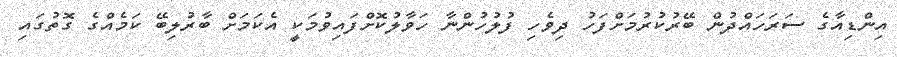
އިންޑިއާގެ ސަރަހައްދުން ބޭރުކުރުމަށްފަހު ދިވެހި ފުލުހުންނާ ހަވާލުކޮށްފައިވުމަކީ އެކަމަށް ބާރުލިބޭ ކަމެއްގެ ގޮތުގައި